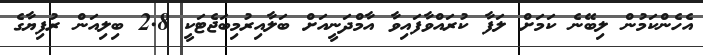
އެހެންކަމުން ލިބޭނެ ކަމަށް ލަފާ ކުރައްވާފައިވާ އާމްދަނީއަށް ބަލާއިރުމިބަޖެޓަކީ 2.8 ބިލިއަން ރުފިޔާގެ